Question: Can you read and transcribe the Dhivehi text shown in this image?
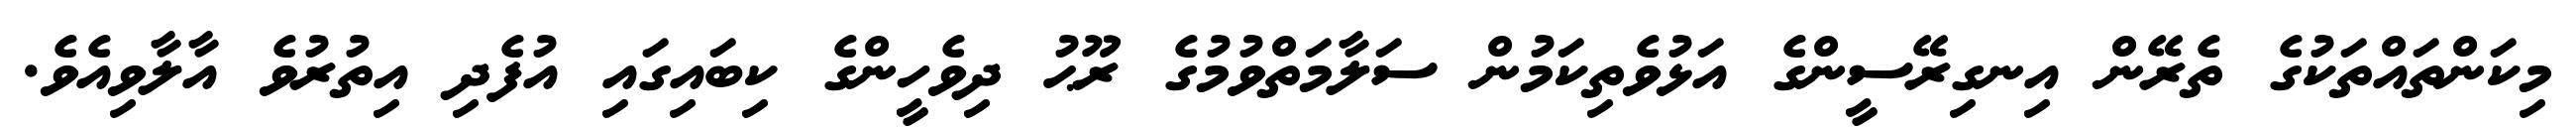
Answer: މިކަންތައްތަކުގެ ތެރޭން އިނގިރޭސީންގެ އަޅުވެތިކަމުން ސަލާމަތްވުމުގެ ރޫޙު ދިވެހީންގެ ކިބައިގައި އުފެދި އިތުރުވެ އާލާވިއެވެ.